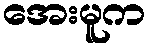
အေးမူက